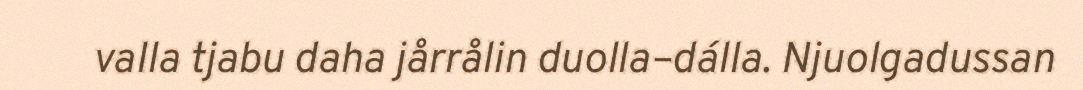
valla tjabu daha jårrålin duolla–dálla. Njuolgadussan